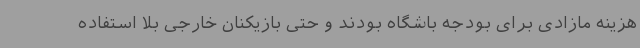
هزینه مازادی برای بودجه باشگاه بودند و حتی بازیکنان خارجی بلا استفاده